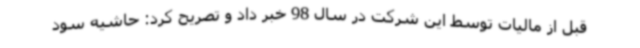
قبل از مالیات توسط این شرکت در سال 98 خبر داد و تصریح کرد: حاشیه سود